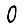
Digit: 0